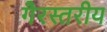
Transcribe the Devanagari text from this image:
गैरस्‍तरीय